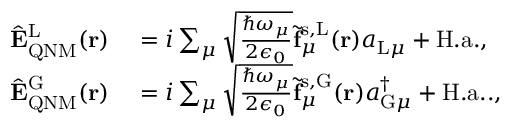
\begin{array} { r l } { \hat { \mathbf { E } } _ { \mathrm { Q N M } } ^ { \mathrm { L } } ( \mathbf { r } ) } & { { } = i \sum _ { \mu } \sqrt { \frac { \hbar \omega _ { \mu } } { 2 \epsilon _ { 0 } } } \tilde { \mathbf { f } } _ { \mu } ^ { \mathrm { s , L } } ( \mathbf { r } ) a _ { \mathrm { L } \mu } + \mathrm { H . a . } , } \\ { \hat { \mathbf { E } } _ { \mathrm { Q N M } } ^ { \mathrm { G } } ( \mathbf { r } ) } & { { } = i \sum _ { \mu } \sqrt { \frac { \hbar \omega _ { \mu } } { 2 \epsilon _ { 0 } } } \tilde { \mathbf { f } } _ { \mu } ^ { \mathrm { s , G } } ( \mathbf { r } ) a _ { \mathrm { G } \mu } ^ { \dagger } + \mathrm { H . a . } . , } \end{array}